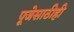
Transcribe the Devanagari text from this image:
पूजेसाठीही